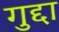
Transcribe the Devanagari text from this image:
गुद्दा